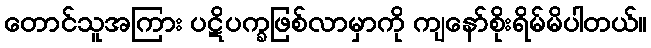
တောင်သူအကြား ပဋိပက္ခဖြစ်လာမှာကို ကျနော်စိုးရိမ်မိပါတယ်။